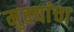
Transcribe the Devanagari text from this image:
मुक्यांचा